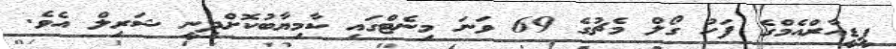
ޕީޑީއާރްއެމްގެ ފަހު ގޯލް މެޗުގެ 69 ވަނަ މިނެޓްގައި ކާމިޔާބުކޮށްދިނީ ޝަރިލް އެވެ.